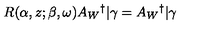
R ( \alpha , z ; \beta , \omega ) A _ { W } { } ^ { \dag } | \gamma = A _ { W } { } ^ { \dag } | \gamma